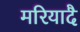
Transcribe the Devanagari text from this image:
मरियादै